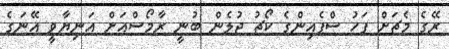
ރޭގެ މެޗަށް ފަހު ސްޕެއިންގެ ކޯޗު ޖުލެން ބުނީ ރާމޯސްއަށް އަނިޔާވީ އޭނަގެ